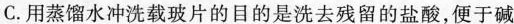
C.用蒸馏水冲洗载玻片的目的是洗去残留的盐酸，便于碱